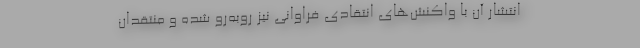
انتشار آن با واکنش‌های انتقادی فراوانی نیز روبه‌رو شده و منتقدان